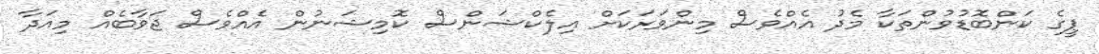
ޕީގެ ކަންބޮޑުވުންތަކާ މެދު އެއްވެސް މިންވަރަކަށް އިލެކްޝަންސް ކޮމިޝަނުން އެއްވެސް ޖަވާބެއް މިއަދާ